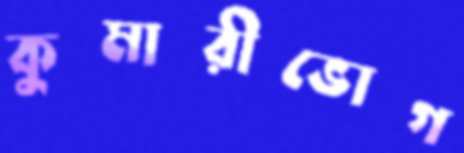
কুমারীভোগ